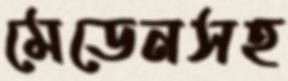
মেডেনসহ